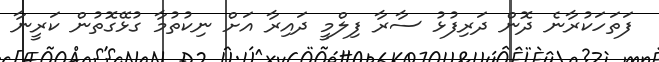
ފަތަހަކުރާނެ ދޮން ދަރިފުޅު ސާރާ ފިލްމީ ދައިރާ އަށް ނިކުތުމާ ގުޅޭގޮތުން ކަރީނާ